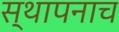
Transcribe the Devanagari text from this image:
स्थापनाच